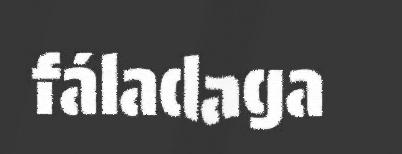
fáladaga